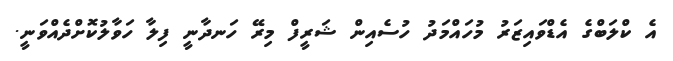
އެ ކްލަބްގެ އެޑްވައިޒަރު މުހައްމަދު ހުސެއިން ޝަރީފް މިރޭ ހަނދާނީ ފިލާ ހަވާލުކޮށްދެއްވަނީ.